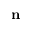
\mathbf n